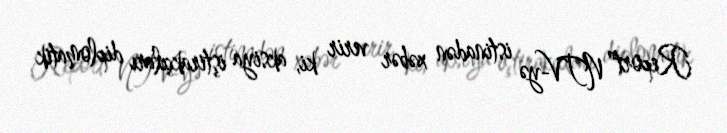
Report" NTV-yə istinadən xəbər verir ki, aksiya iştirakçıları diplomatik